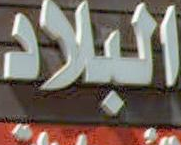
البلاد